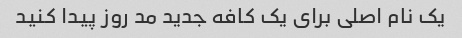
یک نام اصلی برای یک کافه جدید مد روز پیدا کنید